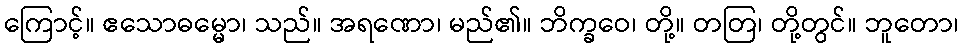
ကြောင့်။ ဧသောဓမ္မော၊ သည်။ အရဏော၊ မည်၏။ ဘိက္ခဝေ၊ တို့။ တတြ၊ တို့တွင်။ ဘူတော၊